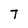
Character: T